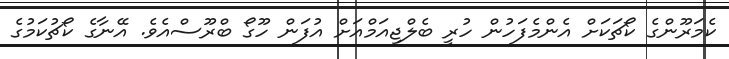
ކެމަރޫންގެ ކޯޗަކަށް އެންމެފަހުން ހުރީ ބެލްޖިއަމްއަށް އުފަން ހޫގޯ ބްރޫސްއެވެ. އޭނާގެ ކޯޗުކަމުގެ